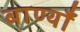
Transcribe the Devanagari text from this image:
बाण्याँ